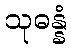
သုဓန္နံ